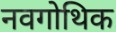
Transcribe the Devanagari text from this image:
नवगोथिक